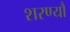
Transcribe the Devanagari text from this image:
शरण्यौ